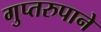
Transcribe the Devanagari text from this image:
गुप्तरुपाने